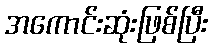
အကောင်းဆုံးဖြစ်ပြီး